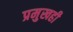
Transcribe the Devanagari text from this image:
प्रमुखही